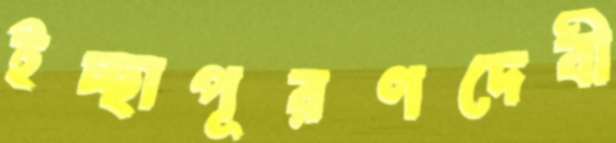
ইচ্ছাপূরণদেবী